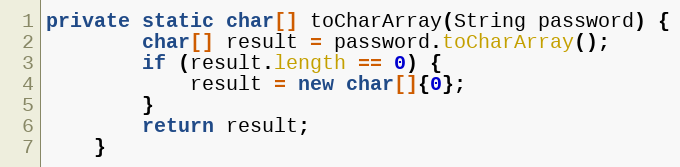
Language: Java
private static char[] toCharArray(String password) {
        char[] result = password.toCharArray();
        if (result.length == 0) {
            result = new char[]{0};
        }
        return result;
    }